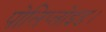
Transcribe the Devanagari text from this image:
पोलिप्लोइड।